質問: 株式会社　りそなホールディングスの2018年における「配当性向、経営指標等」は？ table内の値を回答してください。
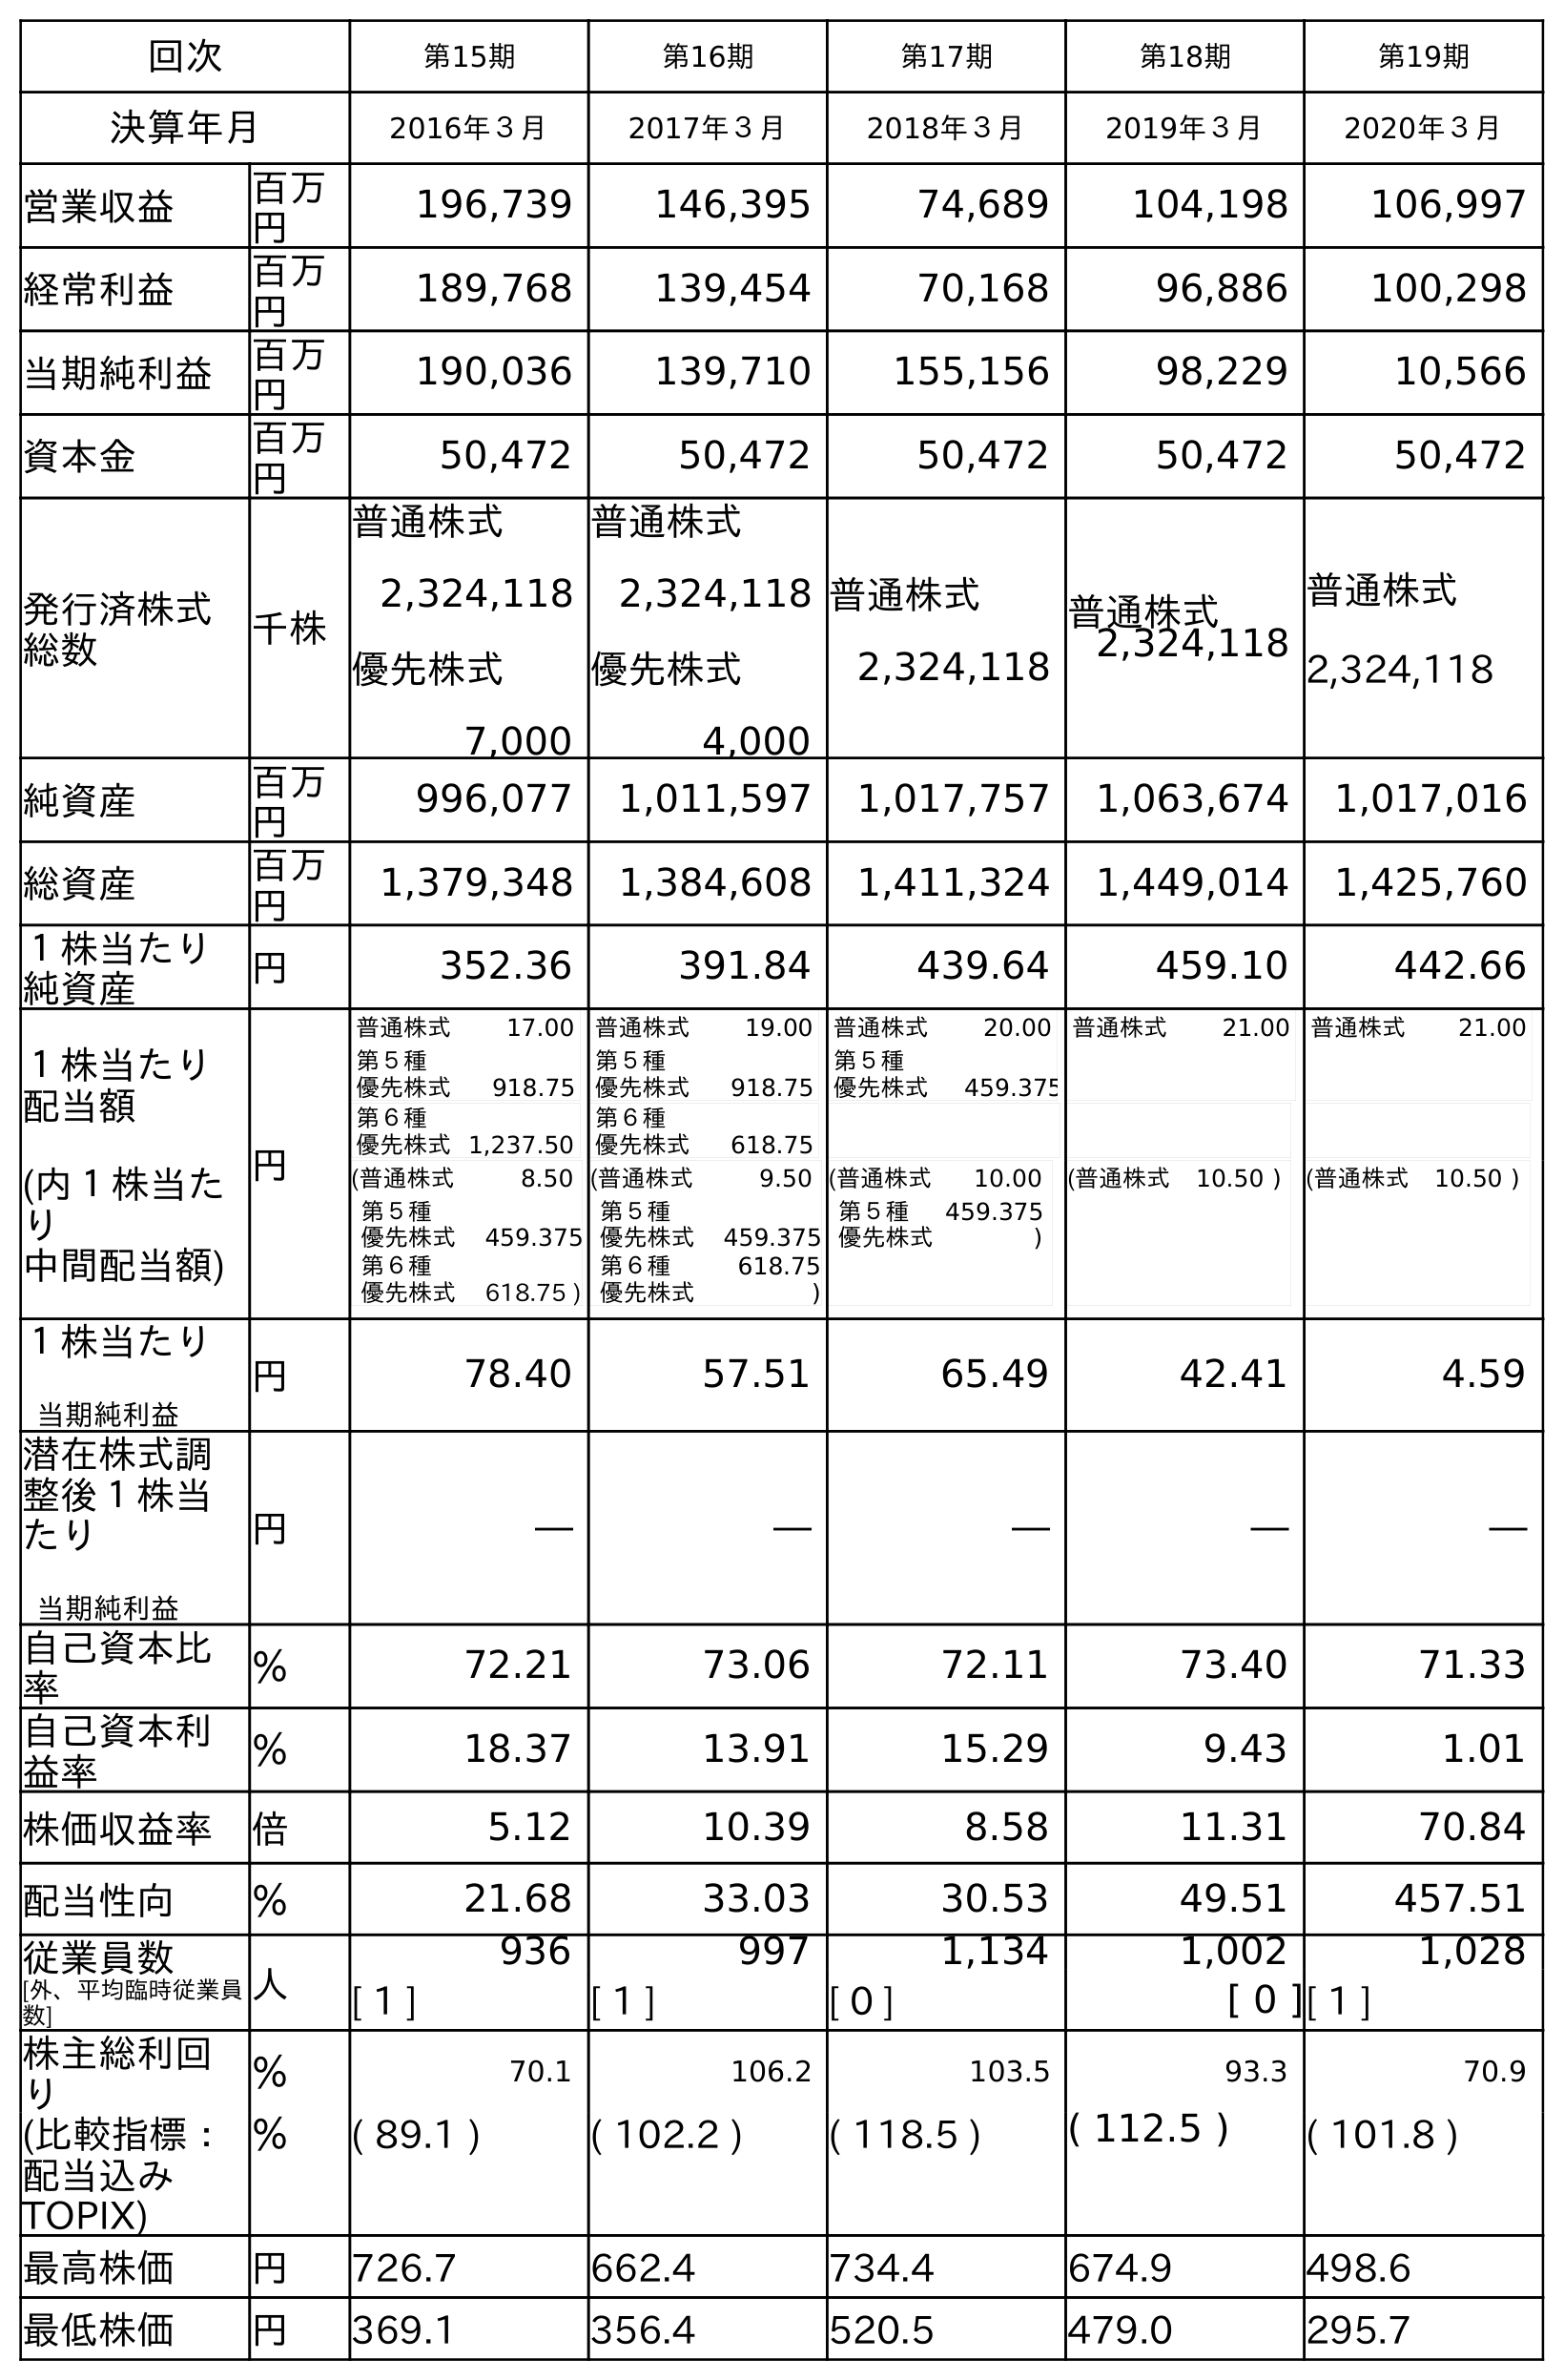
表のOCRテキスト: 回次 第15期 第16期 第17期 第18期 第19期 決算年月 2016年３月 2017年３月 2018年３月 2019年３月 2020年３月 営業収益 百万 円 196,739 146,395 74,689 104,198 106,997 経常利益 百万 円 189,768 139,454 70,168 96,886 100,298 当期純利益 百万 円 190,036 139,710 155,156 98,229 10,566 資本金 百万 円 50,472 50,472 50,472 50,472 50,472 発行済株式 総数 千株 普通株式 2,324,118 優先株式 7,000 普通株式 2,324,118 優先株式 4,000 普通株式 2,324,118 普通株式 2,324,118 普通株式 2,324,118 純資産 百万 円 996,077 1,011,597 1,017,757 1,063,674 1,017,016 総資産 百万 円 1,379,348 1,384,608 1,411,324 1,449,014 1,425,760 １株当たり 純資産 円 352.36 391.84 439.64 459.10 442.66 １株当たり 配当額 (内１株当た り 中間配当額) 円 普通株式 17.00 第５種 優先株式 918.75 第６種 優先株式1,237.50 普通株式 19.00 第５種 優先株式 918.75 第６種 優先株式 618.75 普通株式 20.00 第５種 優先株式 459.375 普通株式 21.00 普通株式 21.00 (普通株式 8.50 第５種 優先株式 459.375 第６種 優先株式 618.75 ) (普通株式 9.50 第５種 優先株式 459.375 第６種 優先株式 618.75 ) (普通株式 10.00 第５種 優先株式 459.375 ) (普通株式 10.50 ) (普通株式 10.50 ) １株当たり 当期純利益 円 78.40 57.51 65.49 42.41 4.59 潜在株式調 整後１株当 たり 当期純利益 円 ― ― ― ― ― 自己資本比 率 ％ 72.21 73.06 72.11 73.40 71.33 自己資本利 益率 ％ 18.37 13.91 15.29 9.43 1.01 株価収益率 倍 5.12 10.39 8.58 11.31 70.84 配当性向 ％ 21.68 33.03 30.53 49.51 457.51 従業員数 [外、平均臨時従業員 数] 人 936 997 1,134 1,002 1,028 [ 1 ] [ 1 ] [ 0 ] [ 0 ][ 1 ] 株主総利回 り ％ 70.1 106.2 103.5 93.3 70.9 (比較指標： 配当込み TOPIX) ％ ( 89.1 ) ( 102.2 ) ( 118.5 ) ( 112.5 ) ( 101.8 ) 最高株価 円 726.7 662.4 734.4 674.9 498.6 最低株価 円 369.1 356.4 520.5 479.0 295.7
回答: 30.53